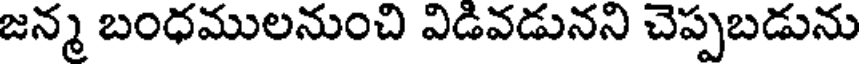
జన్మ బంధములనుంచి విడివడునని చెప్పబడును